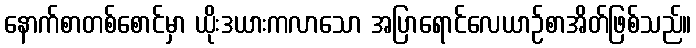
နောက်စာတစ်စောင်မှာ ယိုးဒယားကလာသော အပြာရောင်လေယာဉ်စာအိတ်ဖြစ်သည်။